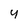
Character: 4